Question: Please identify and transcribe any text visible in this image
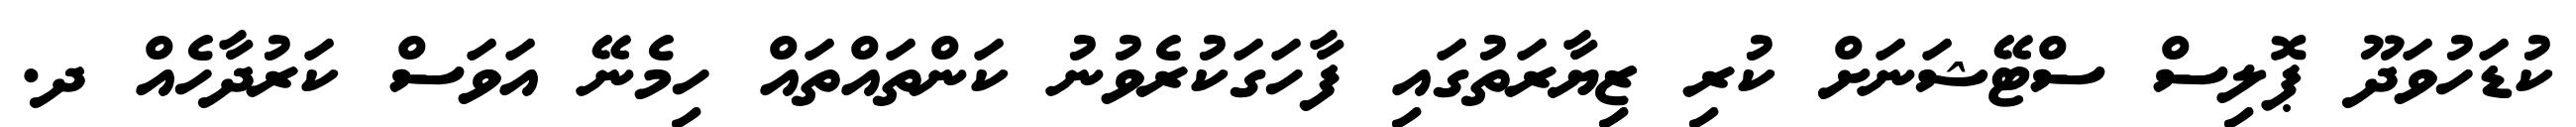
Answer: ކުޑަހުވަދޫ ޕޮލިސް ސްޓޭޝަނަށް ކުރި ޒިޔާރަތުގައި ފާހަގަކުރެވުނު ކަންތައްތައް ހިމެނޭ އަވަސް ކަރުދާހެއް ދ.